Report on vaccination in Madras 1904-1921 - 1904-1921
Year: 1904
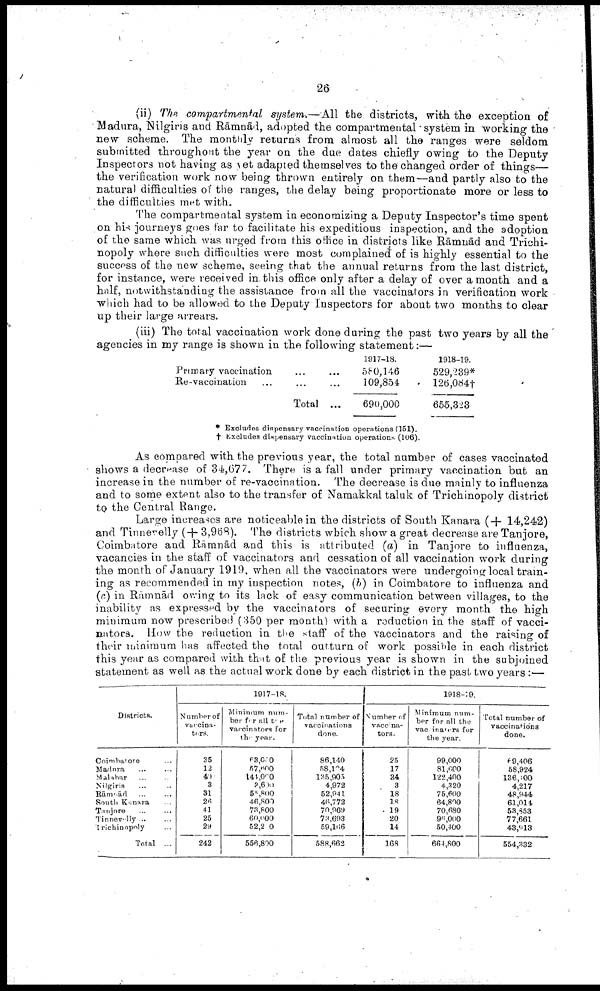
26
(ii) The compartmental system.—All the districts, with the exception of
Madura, Nilgiris and Rāmnād, adopted the compartmental system in working the
new scheme. The monthly returns from almost all the ranges were seldom
submitted throughout the year on the due dates chiefly owing to the Deputy
Inspectors not having as yet adapted themselves to the changed order of things—
the verification work now being thrown entirely on them—and partly also to the
natural difficulties of the ranges, the delay being proportionate more or less to
the difficulties met with.
The compartmental system in economizing a Deputy Inspector's time spent
on his journeys goes far to facilitate his expeditious inspection, and the adoption
of the same which was urged from this office in districts like Rāmnād and Trichi-
nopoly where such difficulties were most complained!' of is highly essential to the
success of the new scheme, seeing that the annual returns from the last district,
for instance, were received in. this office only after a delay of over a month and a
half, notwithstanding the assistance from all the vaccinators in verification work
which had to be allowed to the Deputy Inspectors for about two months to clear
up their large arrears.
(iii) The total vaccination work done during the past two years by all the
agencies in my range is shown in the following statement:—
Primary vaccination
Re-vaccination
...
...
... ...
Total ...
1917-18.
580,146
109,854
690,000
1918-19.
529,239*
126,084†
655,323
* Excludes dispensary vaccination operations (151).
† Excludes dispensary vaccination operations (106).
As compared with the previous year, the total number of cases vaccinated
shows a decrease of 34,677. There is a fall under primary vaccination but an
increase in the number of re-vaccination. The decrease is due mainly to influenza
and to some extent also to the transfer of Namakkal taluk of Trichinopoly district
to the Central Range.
Large increases are noticeable in the districts of South Kanara (+ 14,242)
and Tinnevelly (+3,968). The districts which show a great decrease are Tanjore,
Coimbatore and Rāmnād and this is attributed (a) in Tanjore to influenza,
vacancies in the staff of vaccinators and cessation of all vaccination work during
the month of January 1919, when all the vaccinators were undergoing local train
ing as recommended in my inspection notes, (b) in Coimbatore to influenza and
(c) in Rāmnād owing to its lack of easy communication between villages, to the
inability as expressed by the vaccinators of securing every month the high
minimum now prescribed (350 per month) with a reduction in the staff of vacci
nators. How the reduction in the staff of the vaccinators and the raising of
their minimum has affected the total outturn of work possible in each district
this year as compared with that of the previous year is shown in the subjoined
statement as well as the actual work done by each district in the past two years :—
Districts.
Coimbatore...
Madura... ...
Malabar... ...
Nilgiris... ...
Rāmnād... ...
South Kanara
Tanjore... ...
Tinnevelly... ...
Trichinopoly...
Total ...
1917-18.
Number of
vaccina
tors.
35
12
40
3
31
26
41
25
29
242
Minimum num
ber for all to
vaccinators for
the year.
63,000
57,600
141,000
3,600
55 ,800
46,809
73,800
60,000
52,200
556,800
Total number of
vaccinations
done.
86,140
58,104
135,905
4,972
52,941
46,772
70,969
73,693
59,166
588,662
1918-19.
Number of
vaccina
tors.
25
17
34
3
18
18
19
20
14
168
Minimum num
ber for all the
vaccinators for
the year.
99,000
81,000
122,400
4,320
75,600
64,800
70,680
96,000
50,400
664,800
Total number of
vaccinations
done.
69,406
58,924
136,100
4,217
48,944
61,014
53,353
77,661
43,913
554,332